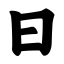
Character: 曰